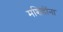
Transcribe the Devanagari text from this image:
मशिदींना